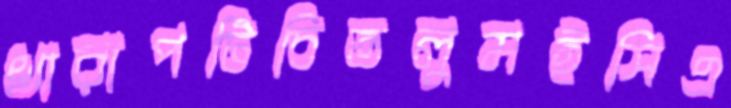
খারাপটিচিতলুমইসিএ